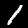
Digit: 1